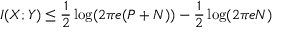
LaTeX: I ( X ; Y ) \leq { \frac { 1 } { 2 } } \log ( 2 \pi e ( P + N ) ) - { \frac { 1 } { 2 } } \log ( 2 \pi e N ) \,